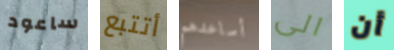
ساعود أتتبع أساعدهم الى أن